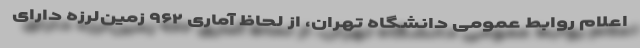
اعلام روابط عمومی دانشگاه تهران، از لحاظ آماری ۹۶۲ زمین‌لرزه دارای